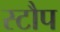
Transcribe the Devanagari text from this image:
स्टौप